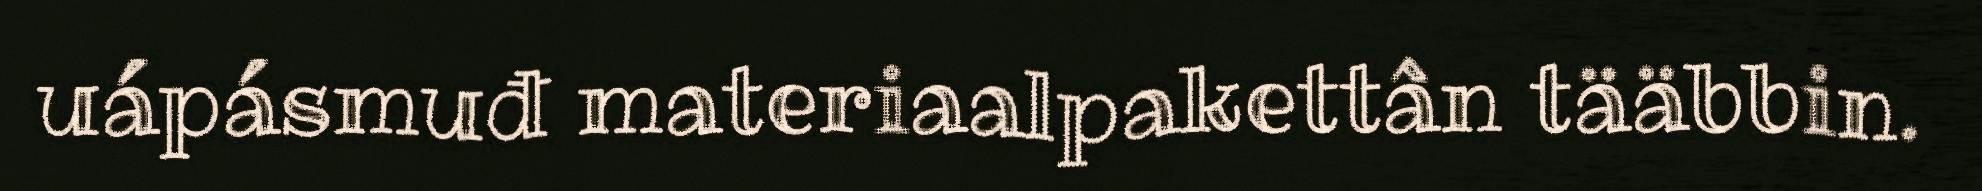
uápásmuđ materiaalpakettân tääbbin.